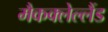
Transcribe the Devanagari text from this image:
मैकक्लेल्लैंड